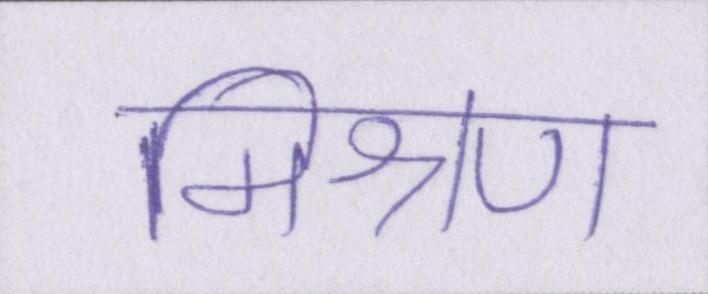
मिश्रण